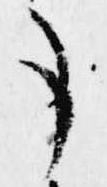
事